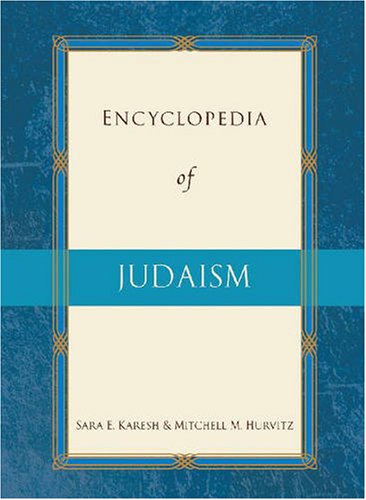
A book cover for Encyclopedia of Judaism (Encyclopedia of World Religions); Sara E. Karesh; Teen & Young Adult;